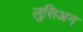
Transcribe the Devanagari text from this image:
लुसिअन